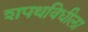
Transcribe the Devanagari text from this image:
शपथविधीला